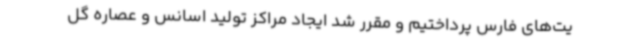
یت‌های فارس پرداختیم و مقرر شد ایجاد مراکز تولید اسانس و عصاره گل